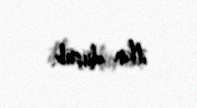
itkin düşüb.